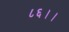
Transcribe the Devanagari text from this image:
८६।।